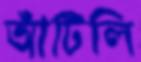
আঁটিলি